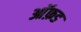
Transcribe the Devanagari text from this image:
आॅफ़ड